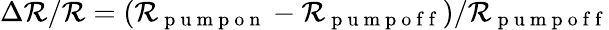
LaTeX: \Delta\mathcal{R}/\mathcal{R}=(\mathcal{R}_{\mathrm{{~p~u~m~p~o~n~}}}-\mathcal{R}_{\mathrm{{~p~u~m~p~o~f~f~}}})/\mathcal{R}_{\mathrm{{~p~u~m~p~o~f~f~}}}